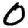
Digit: 0